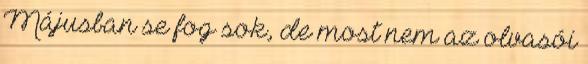
Májusban se fog sok, de most nem az olvasói